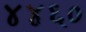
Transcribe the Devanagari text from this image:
४४६०